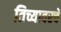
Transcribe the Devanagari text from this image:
तिच्यावरचे